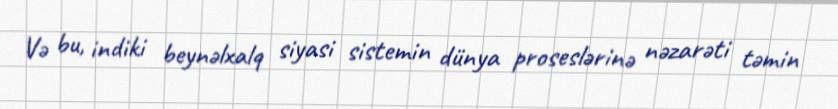
Və bu, indiki beynəlxalq siyasi sistemin dünya proseslərinə nəzarəti təmin